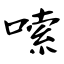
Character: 嗦